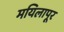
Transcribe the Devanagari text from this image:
मयिलापूर